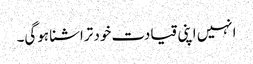
انہیں اپنی قیادت خود تراشنا ہوگی۔